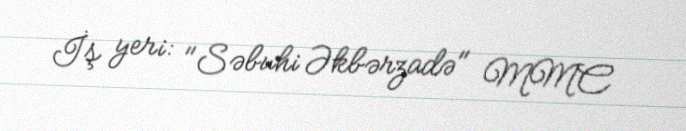
İş yeri: "Səbuhi Əkbərzadə" MMC